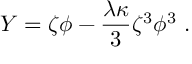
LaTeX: Y = \zeta \phi - { \frac { \lambda \kappa } { 3 } } \zeta ^ { 3 } \phi ^ { 3 } ~ .